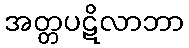
အတ္တပဋိလာဘာ